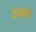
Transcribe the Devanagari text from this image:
देटचोली